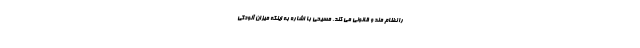
را نظام مند و قانونی می کند. مسیحی با اشاره به اینکه میزان آلودگی